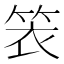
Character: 𬕁